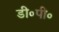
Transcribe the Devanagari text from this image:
डी॰पी॰